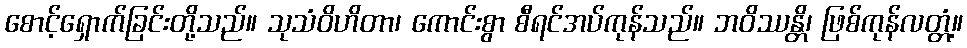
စောင့်ရှောက်ခြင်းတို့သည်။ သုသံဝိဟိတာ၊ ကောင်းစွာ စီရင်အပ်ကုန်သည်။ ဘဝိဿန္တိ၊ ဖြစ်ကုန်လတ္တံ့။